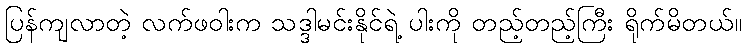
ပြန်ကျလာတဲ့ လက်ဖဝါးက သဒ္ဒါမင်းနိုင်ရဲ့ ပါးကို တည့်တည့်ကြီး ရိုက်မိတယ်။